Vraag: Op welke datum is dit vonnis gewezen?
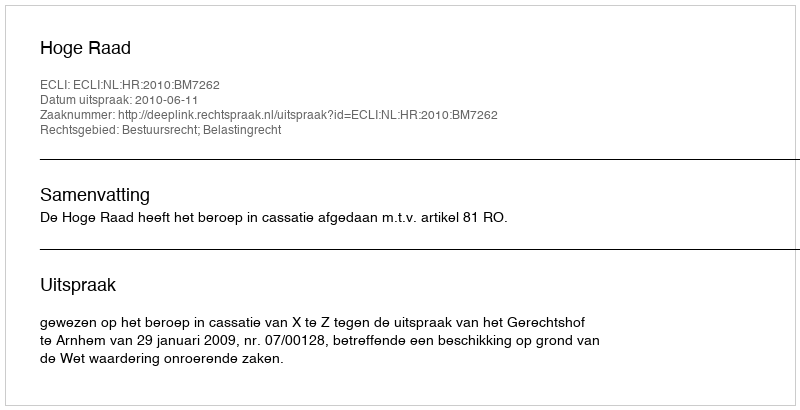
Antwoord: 2010-06-11